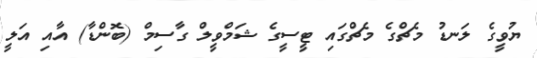
ޔުވީގެ ލަނޑު މެޗްގެ މެޗްގައި ޓީސީގެ ޝަމްވީލް ގާސިމް (ބޮންޑާ) އާއި އަލީ